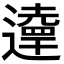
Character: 𨘞